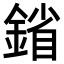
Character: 𨩠